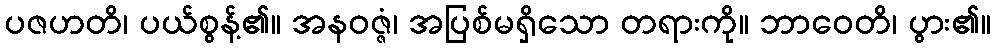
ပဇဟတိ၊ ပယ်စွန့်၏။ အနဝဇ္ဇံ၊ အပြစ်မရှိသော တရားကို။ ဘာဝေတိ၊ ပွား၏။